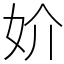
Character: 妎